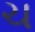
ચ